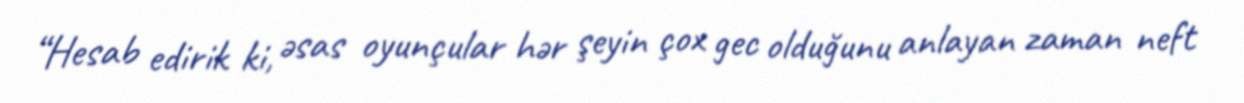
“Hesab edirik ki, əsas oyunçular hər şeyin çox gec olduğunu anlayan zaman neft